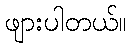
ဖျားပါတယ်။